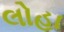
લોહા